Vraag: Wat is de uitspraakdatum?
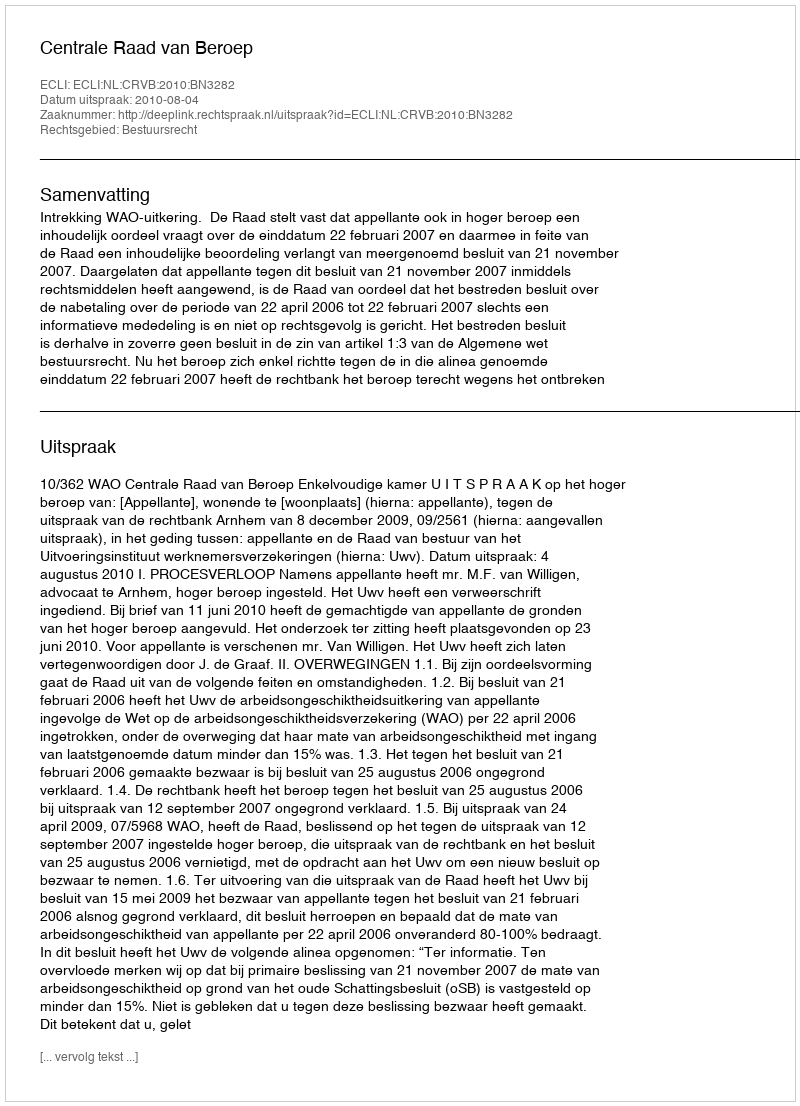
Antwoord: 2010-08-04